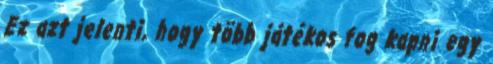
Ez azt jelenti, hogy több játékos fog kapni egy